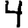
Digit: 4